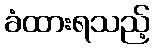
ခံထားရသည့်